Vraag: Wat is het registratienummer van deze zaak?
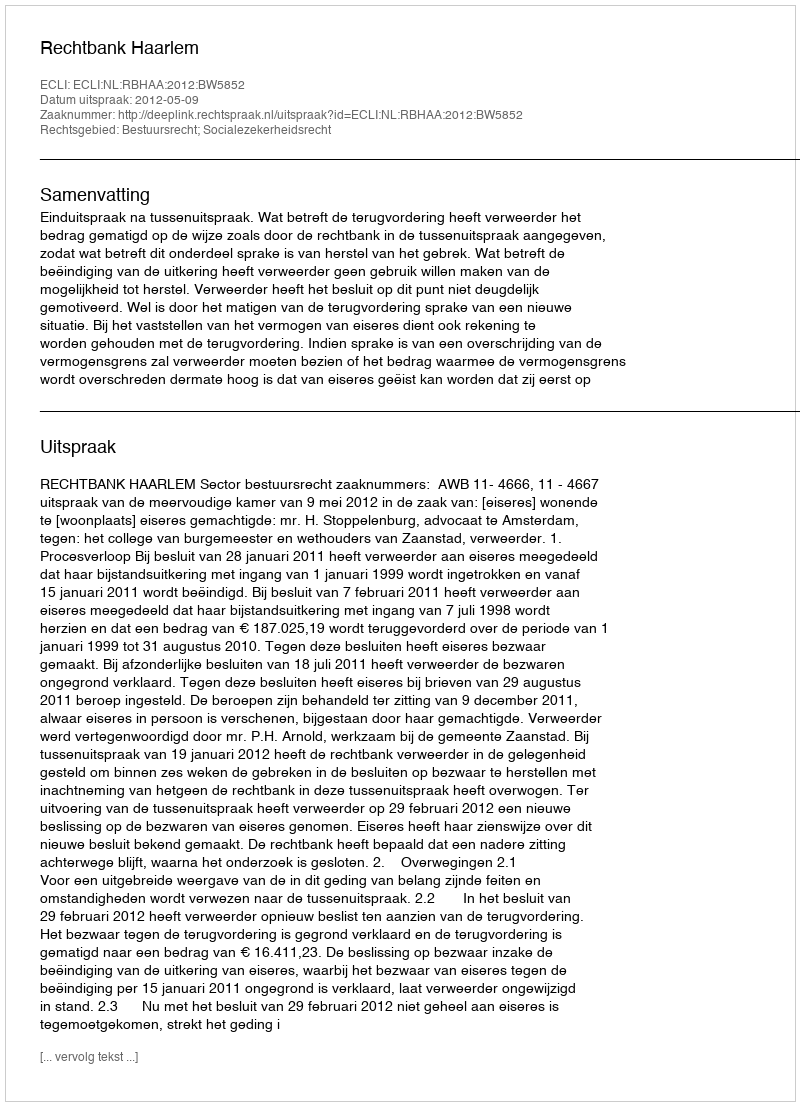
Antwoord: http://deeplink.rechtspraak.nl/uitspraak?id=ECLI:NL:RBHAA:2012:BW5852